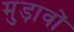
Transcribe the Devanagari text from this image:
मुड़ावों